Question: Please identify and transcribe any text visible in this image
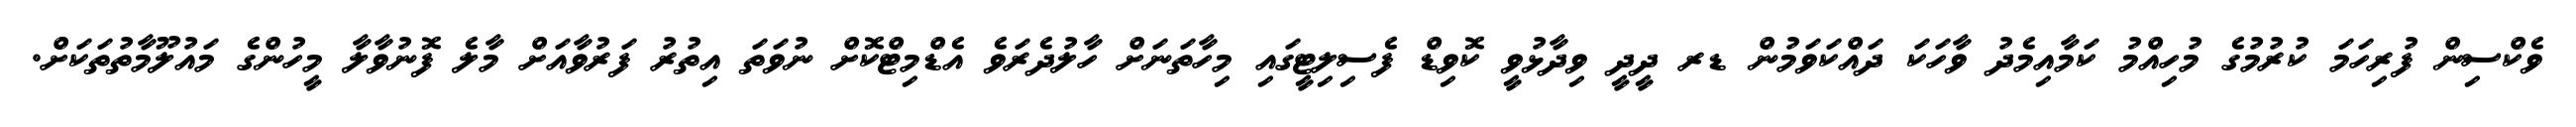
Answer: ވެކްސިން ފުރިހަމަ ކުރުމުގެ މުހިއްމު ކަމާއިމެދު ވާހަކަ ދައްކަވަމުން ޑރ ދީދީ ވިދާޅުވީ ކޮވިޑް ފެސިލިޓީގައި މިހާތަނަށް ހާލުދެރަވެ އެޑްމިޓްކޮށް ނުވަތަ އިތުރު ފަރުވާއަށް މާލެ ފޮނުވާލާ މީހުންގެ މައުލޫމާތުތަކަށް.